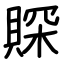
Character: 賝